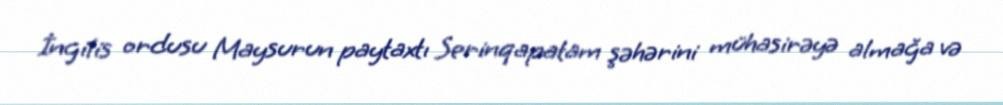
İngilis ordusu Maysurun paytaxtı Serinqapatam şəhərini mühasirəyə almağa və